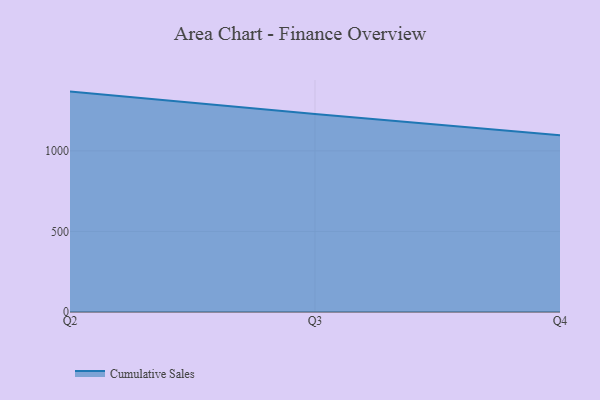
{"axis": {"x": "Quarter", "y": "Headcount"}, "legend": ["Cumulative Sales"], "data": [{"x": "Q2", "y": 1367.8, "type": "Cumulative Sales"}, {"x": "Q3", "y": 1229.5, "type": "Cumulative Sales"}, {"x": "Q4", "y": 1097.4, "type": "Cumulative Sales"}]}